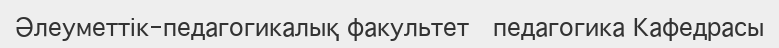
Әлеуметтік-педагогикалық факультет   педагогика Кафедрасы